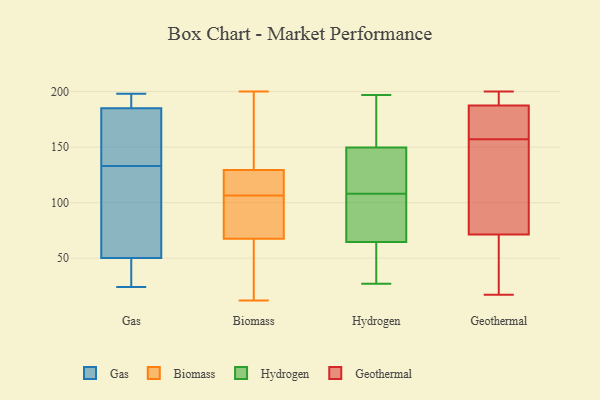
{"axis": {"x": "Active Users", "y": "Value"}, "legend": ["Biomass", "Gas", "Geothermal", "Hydrogen"], "data": [{"x": "", "y": 133, "type": "Gas"}, {"x": "", "y": 66, "type": "Gas"}, {"x": "", "y": 198, "type": "Gas"}, {"x": "", "y": 193, "type": "Gas"}, {"x": "", "y": 98, "type": "Gas"}, {"x": "", "y": 194, "type": "Gas"}, {"x": "", "y": 45, "type": "Gas"}, {"x": "", "y": 161, "type": "Gas"}, {"x": "", "y": 138, "type": "Gas"}, {"x": "", "y": 24, "type": "Gas"}, {"x": "", "y": 29, "type": "Gas"}, {"x": "", "y": 138, "type": "Biomass"}, {"x": "", "y": 42, "type": "Biomass"}, {"x": "", "y": 63, "type": "Biomass"}, {"x": "", "y": 107, "type": "Biomass"}, {"x": "", "y": 121, "type": "Biomass"}, {"x": "", "y": 185, "type": "Biomass"}, {"x": "", "y": 113, "type": "Biomass"}, {"x": "", "y": 157, "type": "Biomass"}, {"x": "", "y": 12, "type": "Biomass"}, {"x": "", "y": 40, "type": "Biomass"}, {"x": "", "y": 72, "type": "Biomass"}, {"x": "", "y": 108, "type": "Biomass"}, {"x": "", "y": 200, "type": "Biomass"}, {"x": "", "y": 72, "type": "Biomass"}, {"x": "", "y": 106, "type": "Biomass"}, {"x": "", "y": 80, "type": "Biomass"}, {"x": "", "y": 69, "type": "Hydrogen"}, {"x": "", "y": 58, "type": "Hydrogen"}, {"x": "", "y": 172, "type": "Hydrogen"}, {"x": "", "y": 127, "type": "Hydrogen"}, {"x": "", "y": 99, "type": "Hydrogen"}, {"x": "", "y": 27, "type": "Hydrogen"}, {"x": "", "y": 97, "type": "Hydrogen"}, {"x": "", "y": 154, "type": "Hydrogen"}, {"x": "", "y": 136, "type": "Hydrogen"}, {"x": "", "y": 52, "type": "Hydrogen"}, {"x": "", "y": 63, "type": "Hydrogen"}, {"x": "", "y": 50, "type": "Hydrogen"}, {"x": "", "y": 189, "type": "Hydrogen"}, {"x": "", "y": 197, "type": "Hydrogen"}, {"x": "", "y": 108, "type": "Hydrogen"}, {"x": "", "y": 137, "type": "Hydrogen"}, {"x": "", "y": 127, "type": "Hydrogen"}, {"x": "", "y": 107, "type": "Hydrogen"}, {"x": "", "y": 182, "type": "Hydrogen"}, {"x": "", "y": 198, "type": "Geothermal"}, {"x": "", "y": 187, "type": "Geothermal"}, {"x": "", "y": 78, "type": "Geothermal"}, {"x": "", "y": 80, "type": "Geothermal"}, {"x": "", "y": 157, "type": "Geothermal"}, {"x": "", "y": 181, "type": "Geothermal"}, {"x": "", "y": 48, "type": "Geothermal"}, {"x": "", "y": 183, "type": "Geothermal"}, {"x": "", "y": 195, "type": "Geothermal"}, {"x": "", "y": 189, "type": "Geothermal"}, {"x": "", "y": 51, "type": "Geothermal"}, {"x": "", "y": 200, "type": "Geothermal"}, {"x": "", "y": 165, "type": "Geothermal"}, {"x": "", "y": 18, "type": "Geothermal"}, {"x": "", "y": 17, "type": "Geothermal"}, {"x": "", "y": 133, "type": "Geothermal"}, {"x": "", "y": 84, "type": "Geothermal"}]}